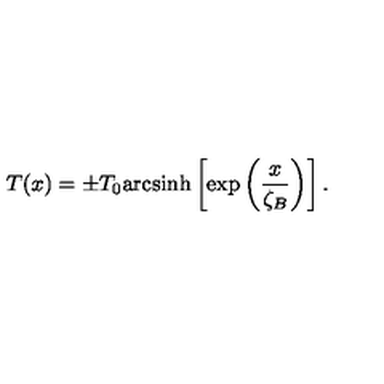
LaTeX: T ( x ) = \pm T _ { 0 } \mathrm { a r c s i n h } \left[ \exp \left( \frac { x } { \zeta _ { B } } \right) \right] .